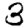
Digit: 3